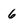
Character: 6